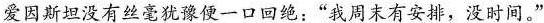
爱因斯坦没有丝毫犹豫便一口回绝：”我周末有安排，没时间。”